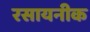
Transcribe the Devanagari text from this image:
रसायनीक